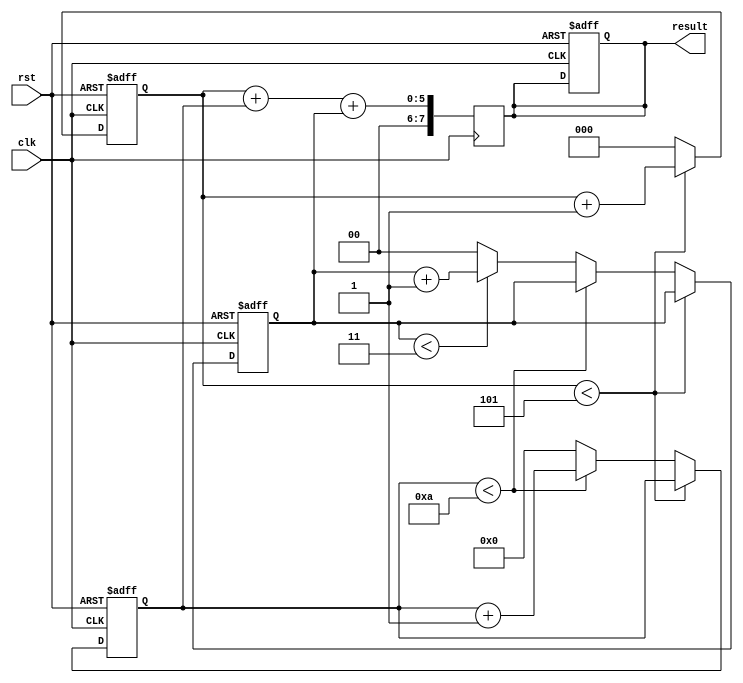
module loop_with_multiple_iterators (
    input wire clk,
    input wire rst,
    output reg [7:0] result
);

reg [2:0] iterator1;
reg [3:0] iterator2;
reg [1:0] iterator3;

always @(posedge clk or posedge rst) begin
    if (rst) begin
        iterator1 <= 0;
        iterator2 <= 0;
        iterator3 <= 0;
        result <= 0;
    end else begin
        if (iterator1 < 5) begin
            iterator1 <= iterator1 + 1;
        end else begin
            iterator1 <= 0;
            if (iterator2 < 10) begin
                iterator2 <= iterator2 + 1;
            end else begin
                iterator2 <= 0;
                if (iterator3 < 3) begin
                    iterator3 <= iterator3 + 1;
                end else begin
                    iterator3 <= 0;
                end
            end
        end
    end
end

always @(posedge clk) begin
    // Perform some operations using the iterators
    result <= iterator1 + iterator2 + iterator3;
end

endmodule